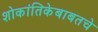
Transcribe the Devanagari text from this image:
शोकांतिकेबाबतचे